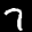
Label: 7